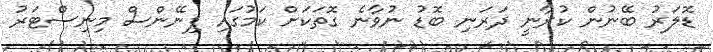
ޑޮލަރު ބޭނުން ކުރާނީ ދަރަނި ބޮޑު ނުވާނެ ގޮތަކަށް ކަމުގައި ފިނޭންސް މިނިސްޓަރު